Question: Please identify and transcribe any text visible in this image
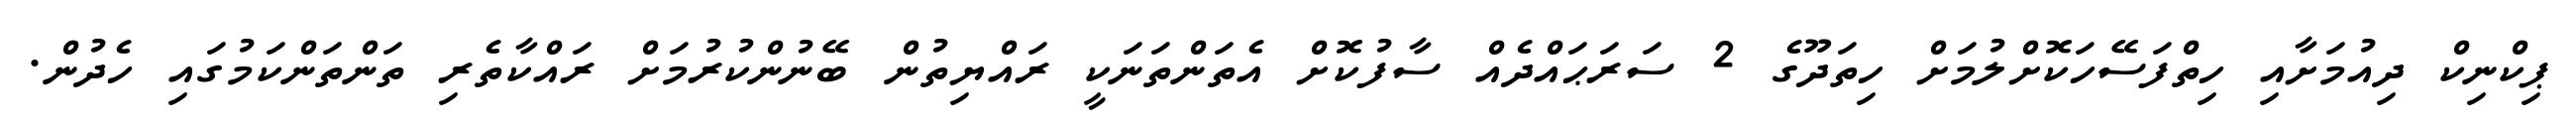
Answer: ޕިކްނިކް ދިއުމަށާއި ހިތްފަސޭހަކޮށްލުމަށް ހިތަދޫގެ 2 ސަރަޙައްދެއް ސާފުކޮށް އެތަންތަނަކީ ރައްޔިތުން ބޭނުންކުރުމަށް ރައްކާތެރި ތަންތަންކަމުގައި ހެދުން.